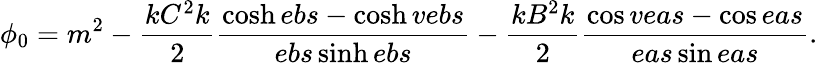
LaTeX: \phi_{0}=m^{2}-\frac{kC^{2}k}{2}\frac{\cosh ebs-\cosh vebs}{ebs\sinh ebs}-\frac{kB^{2}k}{2}\frac{\cos veas-\cos eas}{eas\sin eas}.